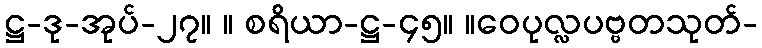
ဋ္ဌ-ဒု-အုပ်-၂၇။ ။ စရိယာ-ဋ္ဌ-၄၅။ ။ဝေပုလ္လပဗ္ဗတသုတ်-